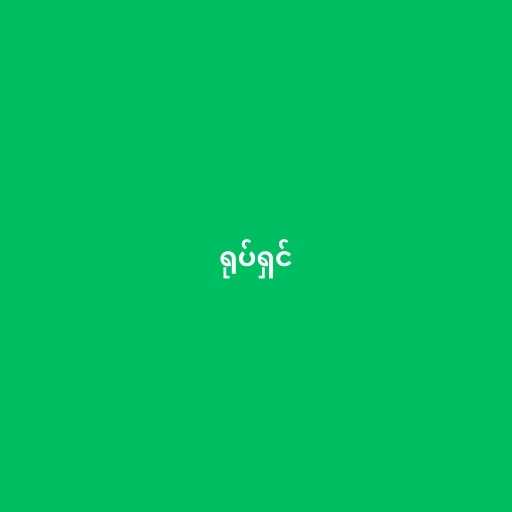
ရုပ်ရှင်